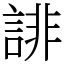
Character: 誹